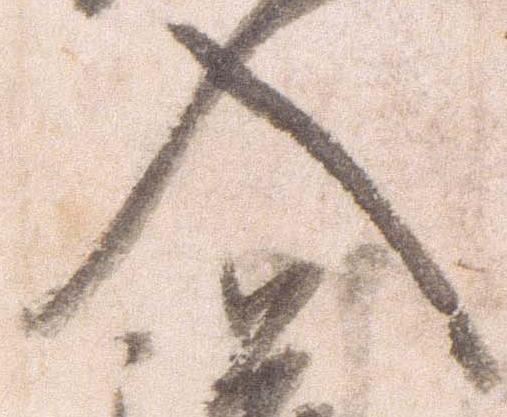
入